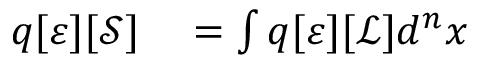
\begin{array} { r l } { q [ \varepsilon ] [ { \mathcal { S } } ] } & { { } = \int q [ \varepsilon ] [ { \mathcal { L } } ] d ^ { n } x } \end{array}